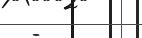
- .